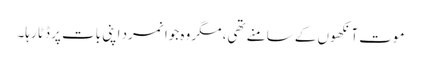
موت آنکھوں کے سامنے تھی، مگر وہ جوانمرد اپنی بات پر ڈٹا رہا۔